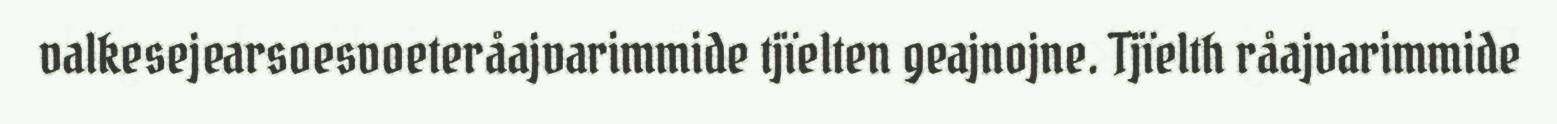
valkesejearsoesvoeteråajvarimmide tjïelten geajnojne. Tjïelth råajvarimmide